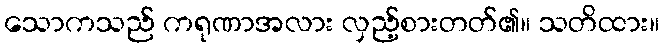
သောကသည် ကရုဏာအလား လှည့်စားတတ်၏။ သတိထား။